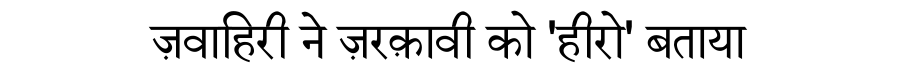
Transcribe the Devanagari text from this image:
ज़वाहिरी ने ज़रक़ावी को 'हीरो' बताया